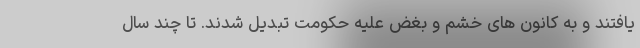
یافتند و به کانون های خشم و بغض علیه حکومت تبدیل شدند. تا چند سال